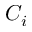
C _ { i }